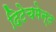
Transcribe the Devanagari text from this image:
दिटेचमेन्ट